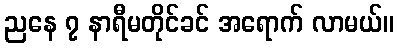
ညနေ ၇ နာရီမတိုင်ခင် အရောက် လာမယ်။